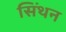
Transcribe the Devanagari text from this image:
सिंथन